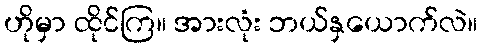
ဟိုမှာ ထိုင်ကြ။ အားလုံး ဘယ်နှယောက်လဲ။